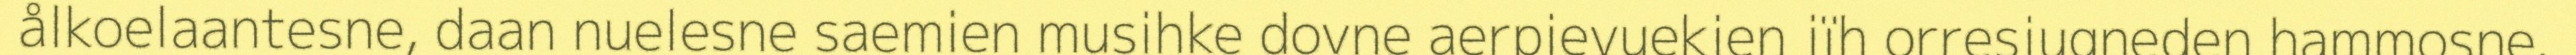
ålkoelaantesne, daan nuelesne saemien musihke dovne aerpievuekien jïh orresjugneden hammosne.